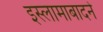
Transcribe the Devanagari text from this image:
इस्लामाबादने